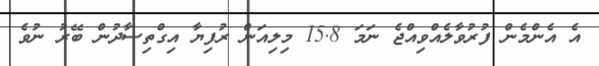
އެ އެންމެން ފުރުވާލެއްވިއްޖެ ނަމަ 15.8 މިލިއަން ރުފިޔާ އިގްތިސާދުން ބޭރު ނުވެ